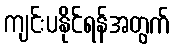
ကျင်းပနိုင်ရန်အတွက်